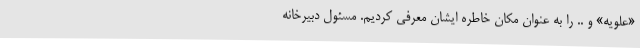
«علویه» و .. را به عنوان مکان خاطره ایشان معرفی کردیم. مسئول دبیرخانه